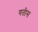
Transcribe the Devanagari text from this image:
गतीस